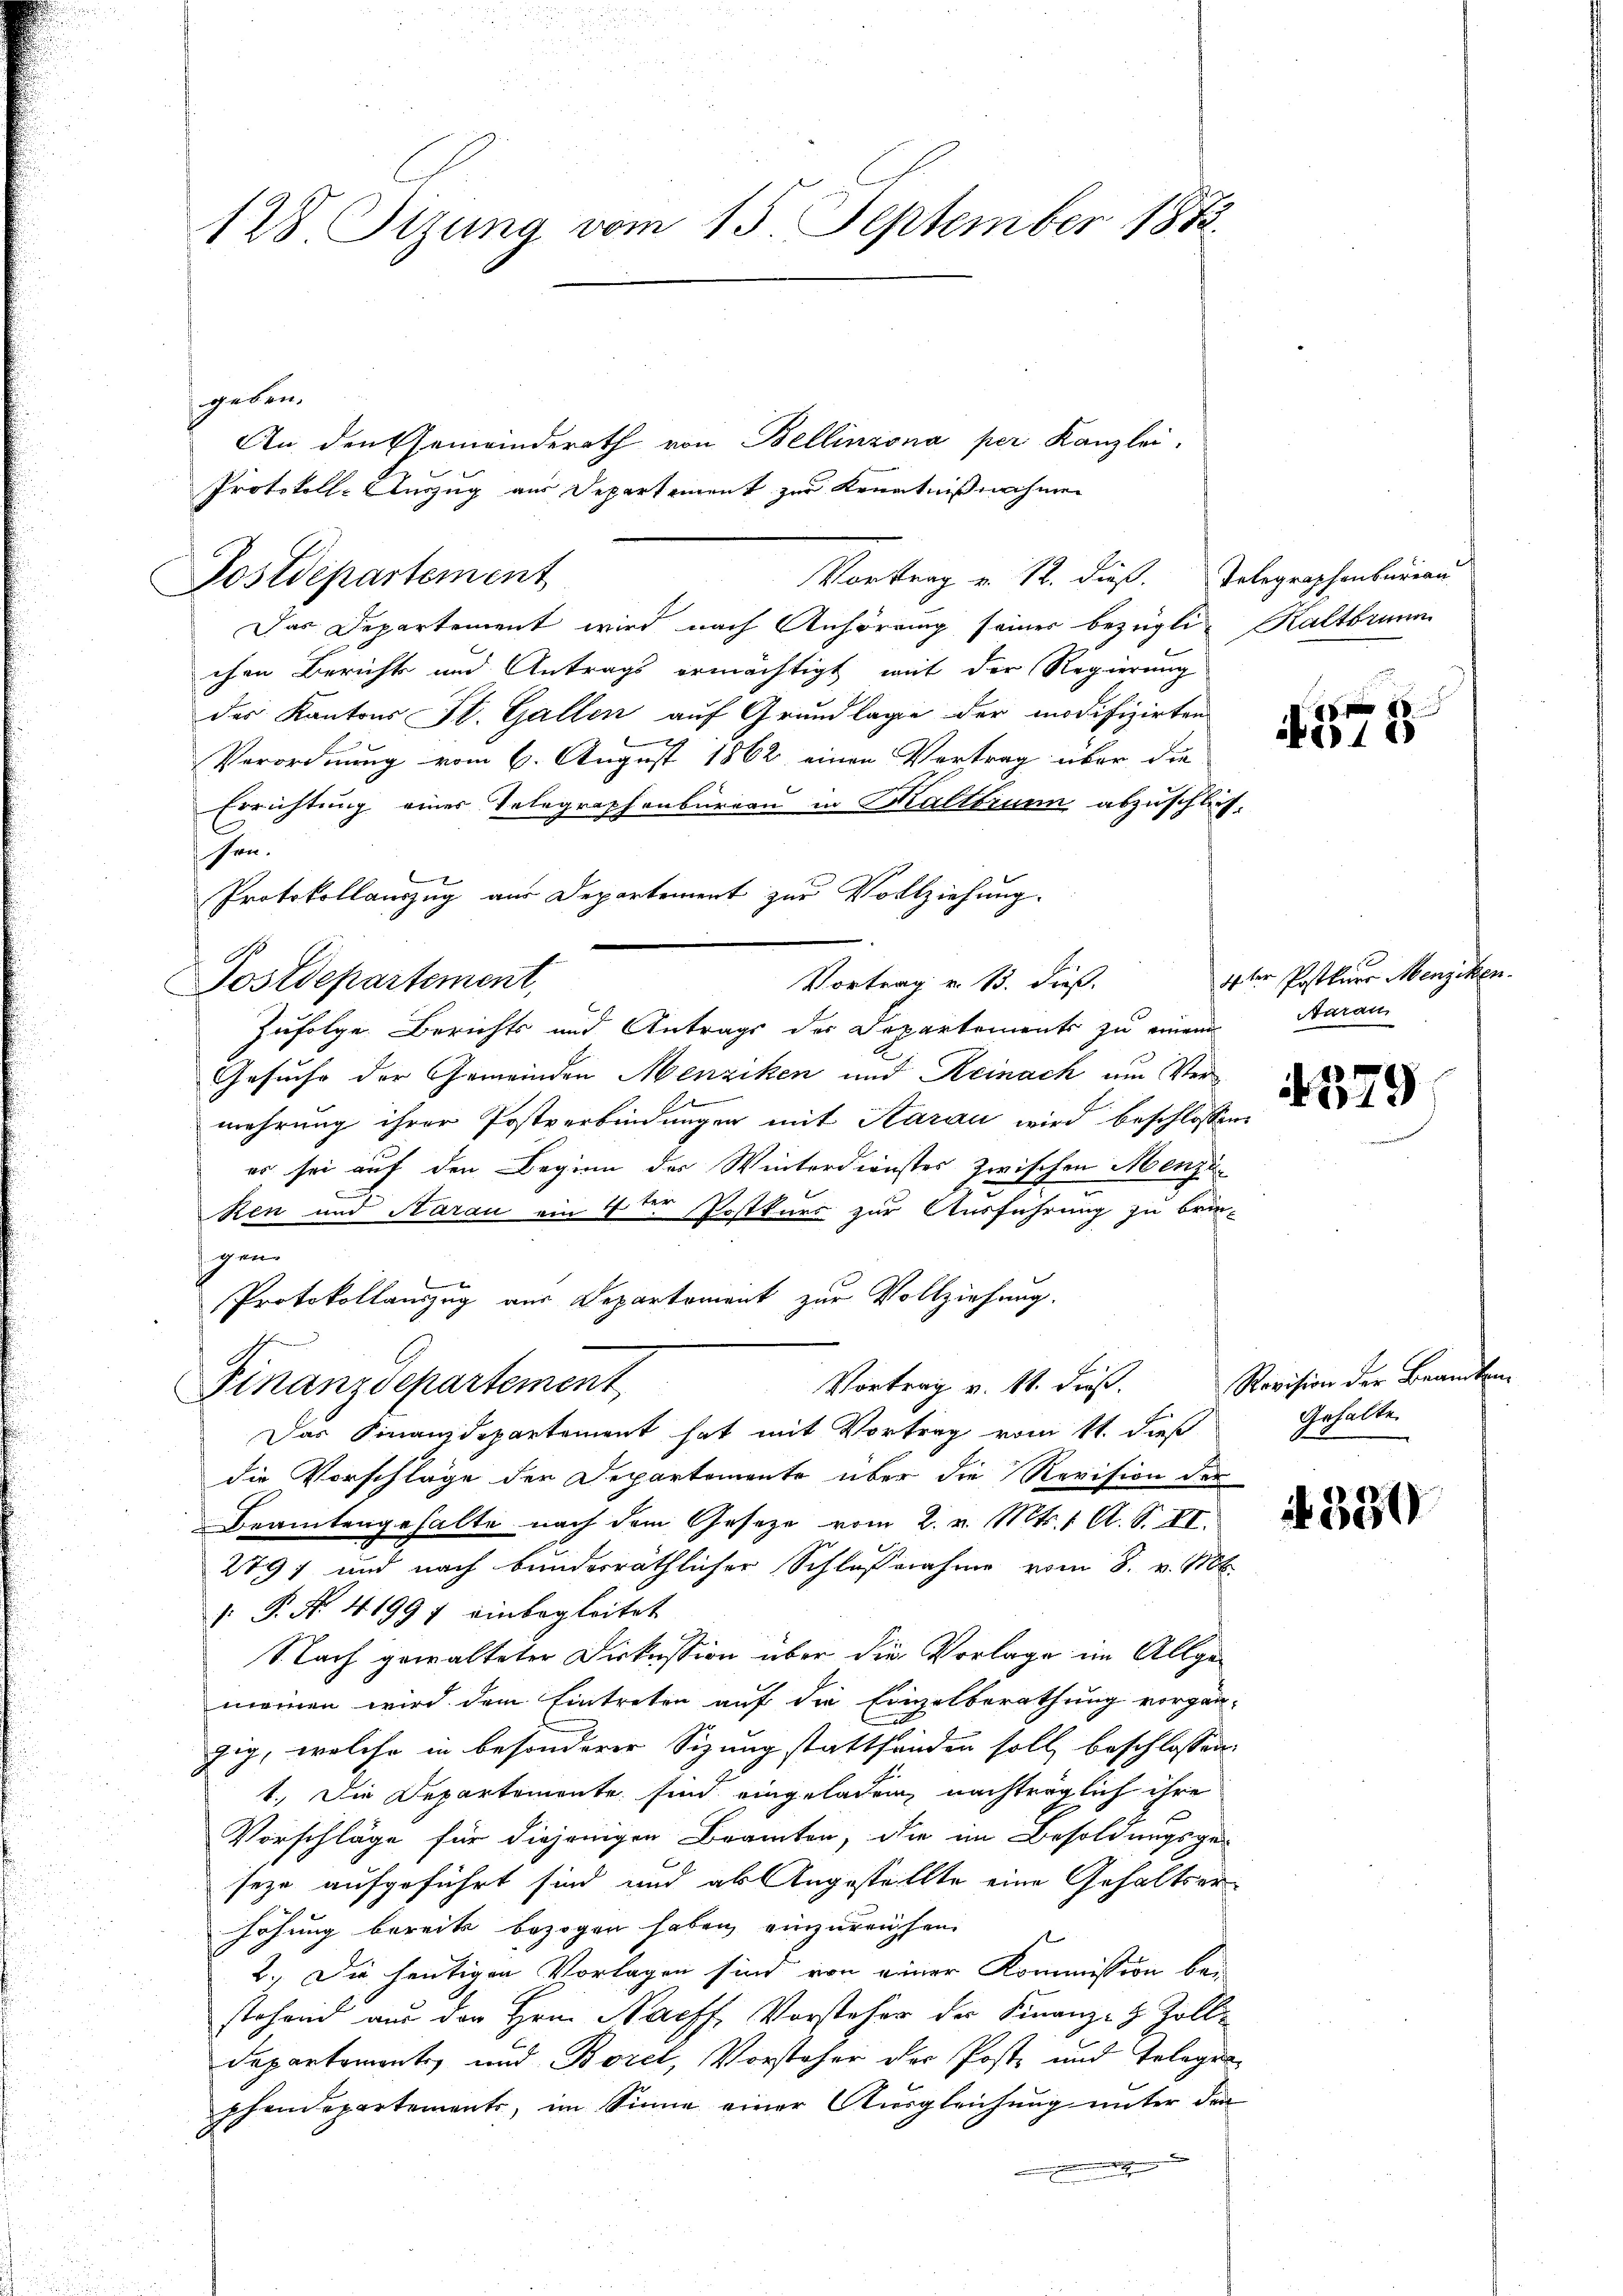
128 Sizung vom 15. September 1872.

Postdepartement

sgeben.
An den Gemeinderath von Bellinzona per Kanzlei.
Protokoll-Auszug aus Departement zur Kenntnißnahmen
Das Departement wird nach Anhörung seiner bezüglich Kaltbrunn
chen Bericht und Antrags ermächtigt, mit der Regierung
des Kantons St. Gallen auf Grundlage der modifizirten
b
Verordnung vom 6. August 1862 einen Vertrag über die
Errichtung eines Telegraphenbureau in Kaltbrunn abzuschlussen.
Protokollauszug aus Departement zur Vollziehung.
Postdepartement,
Zufolge. Berichts und Antrags der Departements zu einem Aarau
Gesuche der Gemeinden Menziken und Reinach am Vermehrung ihrer Postverbindungen mit Aarau wird beschlossen:
er sei auf den Beginn des Winterdienstes zwischen Menzi¬
Ren und Aarau ein 4ter Postkurs zur Ausführung zu brin-
gen
Protokollauszug aus Departement zur Vollziehung.
Vortrag v. 11. Fuß.
Finanzdepartement
Das Finanzdepartement hat mit Vortrag vom 11. dieß
die Vorschläge der Departemente über die Revision der
Bramtengehalte nach dem Gesetze vom 2. v. Mts. 1. A. S. II.
2797 und nach bunderräthlicher Schlußnahme vom 8. v. 106.
 P. Nr. 41997 einbegleitet
Nach gewalteter Dirkussion über die Vorlage im Allgemeinen wird dem Eintreten auf die Einzelberathung vorgän-
zig, welche in besonderer Sizung stattfanden soll beschlossen
1. Die Departemente sind eingeladen, nachträglich ihre
Vorschläge für diejenigen Beamten, die im Besoldungsge
E
seze aufgeführt sind und als Angestellte eine Gehaltserhöhung bereits bezogen haben einzureichen.
2. Die heutigen Vorlagen sind von einer Kommission bei
stehend aus der Hrn. Nachf, Vorsteher der Finanz- & Zoll-
Departemonts, und Borel, Vorsteher der Poste und Erlagen
phendepartements, im Sinne einer Ausgleichung unter den

Vortrag v. 12. dieß. Telegraphenbureau

Vortrag v. 13. dieß.

8
Ao 185

1 ten Pastlurr Menziken.

4379

Revision der Brandten
Gehalte

A 339